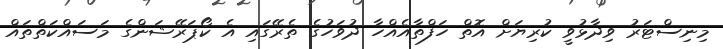
މިނިސްޓަރު ވިދާޅުވީ ކުރިޔަށް އޮތް ހަފްތާއެއްހާ ދުވަހުގެ ތެރޭގައި އެ ކޯޕަރޭޝަންގެ މަސައްކަތްތައް